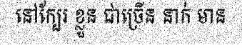
នៅក្បែរ ខ្លួន ជាច្រើន នាក់ មាន